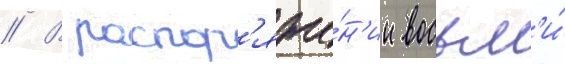
// В распор'яже́н'ии восьм'и́